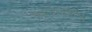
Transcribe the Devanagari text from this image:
नाइट्रासेमीन्स